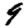
Digit: 9